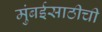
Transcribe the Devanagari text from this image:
मुंबईसाठीची